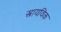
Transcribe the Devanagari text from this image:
स्त्रायविक